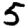
Digit: 5